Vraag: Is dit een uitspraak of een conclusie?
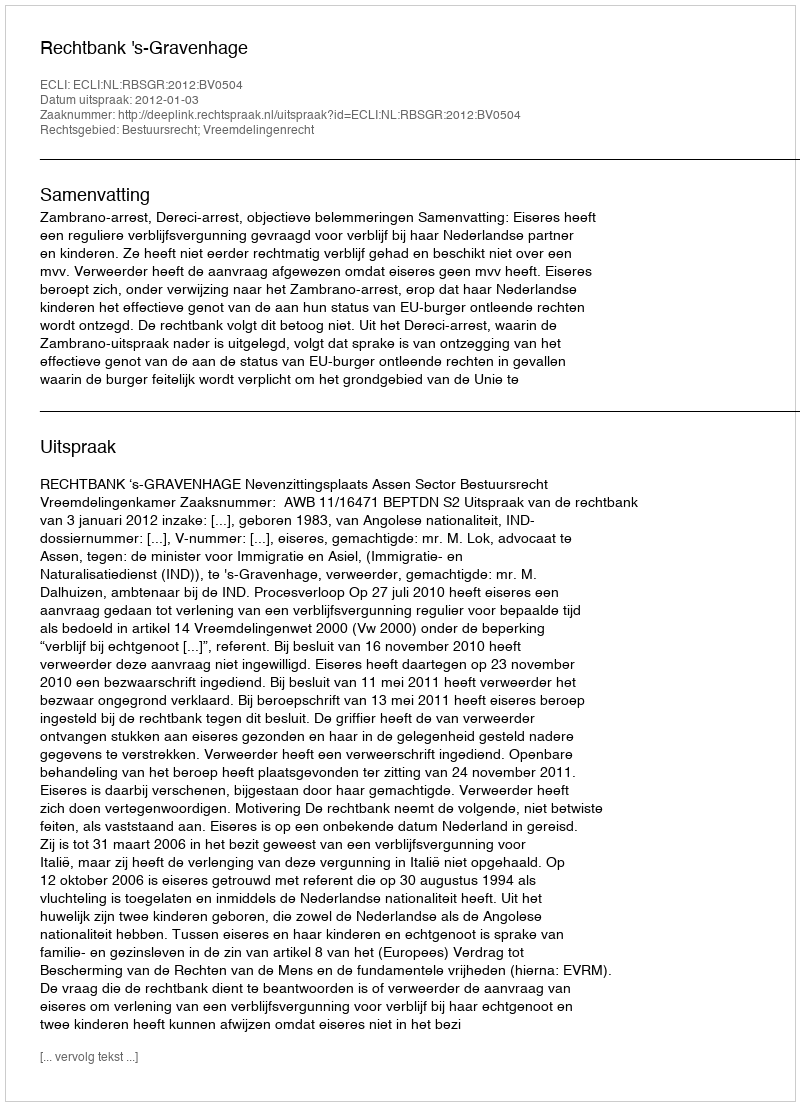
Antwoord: Uitspraak